Civil Veterinary Department. Madras. Admin. report 1926-33 - 1926-1933
Year: 1926
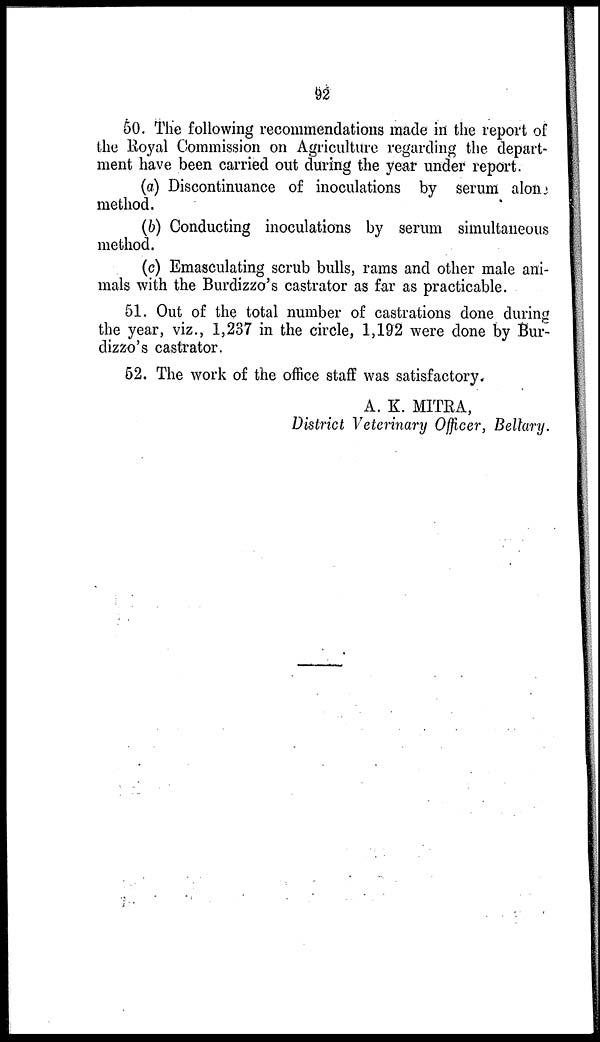
92
50. The following recommendations made in the report of
the Royal Commission on Agriculture regarding the depart-
ment have been carried out during the year under report.
(a) Discontinuance of inoculations by serum alone
method.
(b) Conducting inoculations by serum simultaneous
method.
(c) Emasculating scrub bulls, rams and other male ani-
mals with the Burdizzo's castrator as far as practicable.
51. Out of the total number of castrations done during
the year, viz., 1,237 in the circle, 1,192 were done by Bur-
dizzo's castrator.
52. The work of the office staff was satisfactory.
A. K. MITRA,
District Veterinary Officer, Bellary.